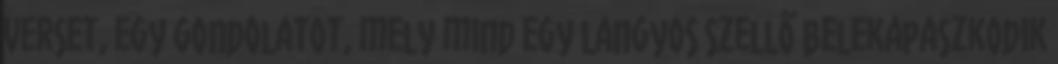
verset, egy gondolatot, mely mind egy langyos szellő belekapaszkodik